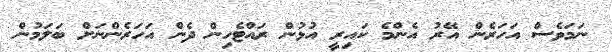
ނަމަވެސް އަހަރެން އޭރު އެންމެ ކައިރީ އުޅުން ރައްޓެހިން ދެން އަހަރެންނަށް ބަލަމުން